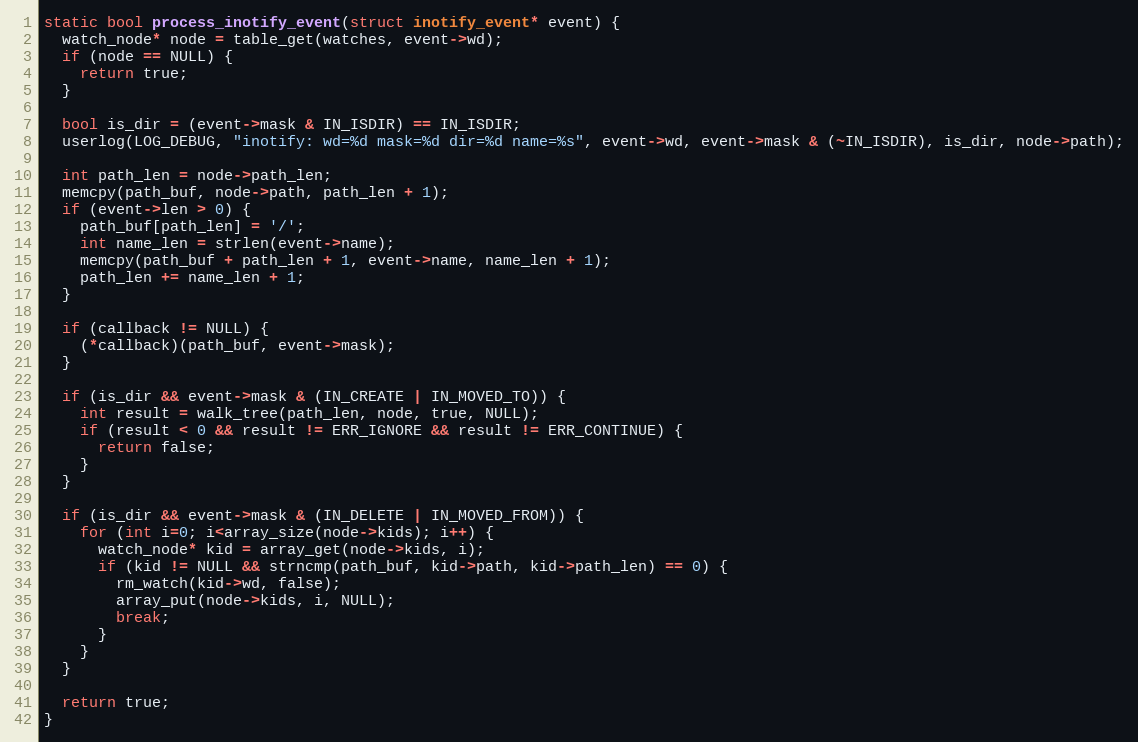
Language: C
static bool process_inotify_event(struct inotify_event* event) {
  watch_node* node = table_get(watches, event->wd);
  if (node == NULL) {
    return true;
  }

  bool is_dir = (event->mask & IN_ISDIR) == IN_ISDIR;
  userlog(LOG_DEBUG, "inotify: wd=%d mask=%d dir=%d name=%s", event->wd, event->mask & (~IN_ISDIR), is_dir, node->path);

  int path_len = node->path_len;
  memcpy(path_buf, node->path, path_len + 1);
  if (event->len > 0) {
    path_buf[path_len] = '/';
    int name_len = strlen(event->name);
    memcpy(path_buf + path_len + 1, event->name, name_len + 1);
    path_len += name_len + 1;
  }

  if (callback != NULL) {
    (*callback)(path_buf, event->mask);
  }

  if (is_dir && event->mask & (IN_CREATE | IN_MOVED_TO)) {
    int result = walk_tree(path_len, node, true, NULL);
    if (result < 0 && result != ERR_IGNORE && result != ERR_CONTINUE) {
      return false;
    }
  }

  if (is_dir && event->mask & (IN_DELETE | IN_MOVED_FROM)) {
    for (int i=0; i<array_size(node->kids); i++) {
      watch_node* kid = array_get(node->kids, i);
      if (kid != NULL && strncmp(path_buf, kid->path, kid->path_len) == 0) {
        rm_watch(kid->wd, false);
        array_put(node->kids, i, NULL);
        break;
      }
    }
  }

  return true;
}